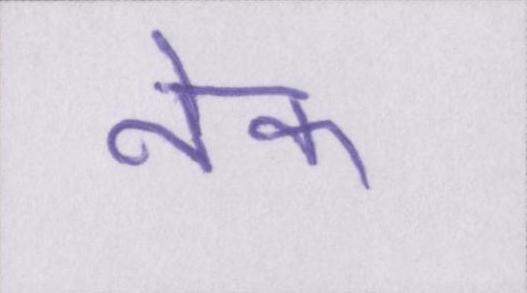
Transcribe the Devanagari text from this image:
नेक